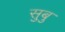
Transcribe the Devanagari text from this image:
सुबु